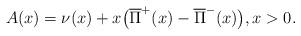
LaTeX: \begin{align*}A(x)= \nu(x)+x\bigl(\overline{\Pi}^+(x)-\overline{\Pi}^-(x)\bigr),x>0.\end{align*}